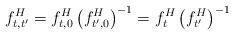
LaTeX: \begin{align*}f_{t,t^{\prime}}^{H}=f_{t,0}^{H}\left( f_{t^{\prime},0}^{H}\right)^{-1}=f_{t}^{H}\left( f_{t^{\prime}}^{H}\right) ^{-1} \end{align*}